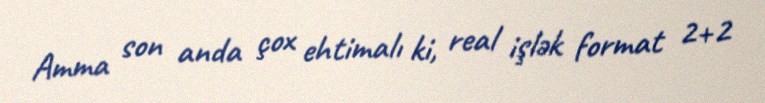
Amma son anda çox ehtimalı ki, real işlək format 2+2